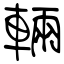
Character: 輛